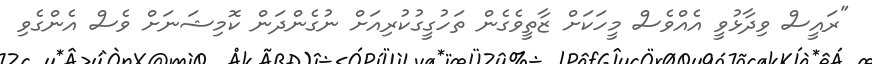
"ރައީސް ވިދާޅުވީ އެއްވެސް މީހަކަށް ޒާތީވެގެން ތަހުގީގުކުރިއަށް ނުގެންދަން ކޮމިޝަނަށް ވެސް އެންގެވި